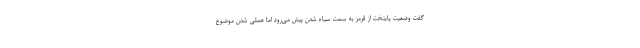
گفت وضعیت پایتخت از قرمز به سمت سیاه شدن پیش می‌رود اما عملی شدن موضوع